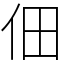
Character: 佃